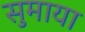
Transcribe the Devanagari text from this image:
सुमाया